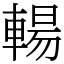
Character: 輰